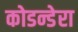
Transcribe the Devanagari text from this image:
कोडन्डेरा